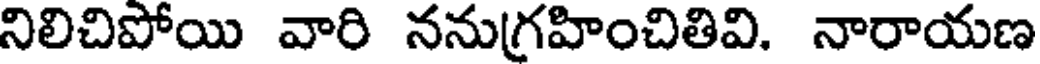
నిలిచిపోయి వారి ననుగ్రహించితివి. నారాయణ